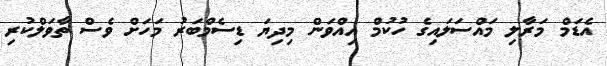
އެޑަމް މަރާލި މައްސަލައިގެ ހުކުމް އިއްވަން މިދިޔަ ޑިސެމްބަރު މަހަށް ވެސް ތާވަލްކުރި